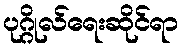
ပုဂ္ဂိုလ်ရေးဆိုင်ရာ